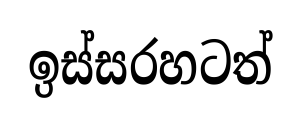
ඉස්සරහටත්